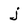
Character: j